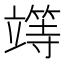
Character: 𥪸